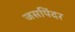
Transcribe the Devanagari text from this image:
जसपिंदर